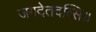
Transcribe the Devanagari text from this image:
जगदेतदत्सि॥